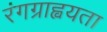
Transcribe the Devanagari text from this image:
रंगग्राह्वयता